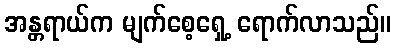
အန္တရာယ်က မျက်စေ့ရှေ့ ရောက်လာသည်။